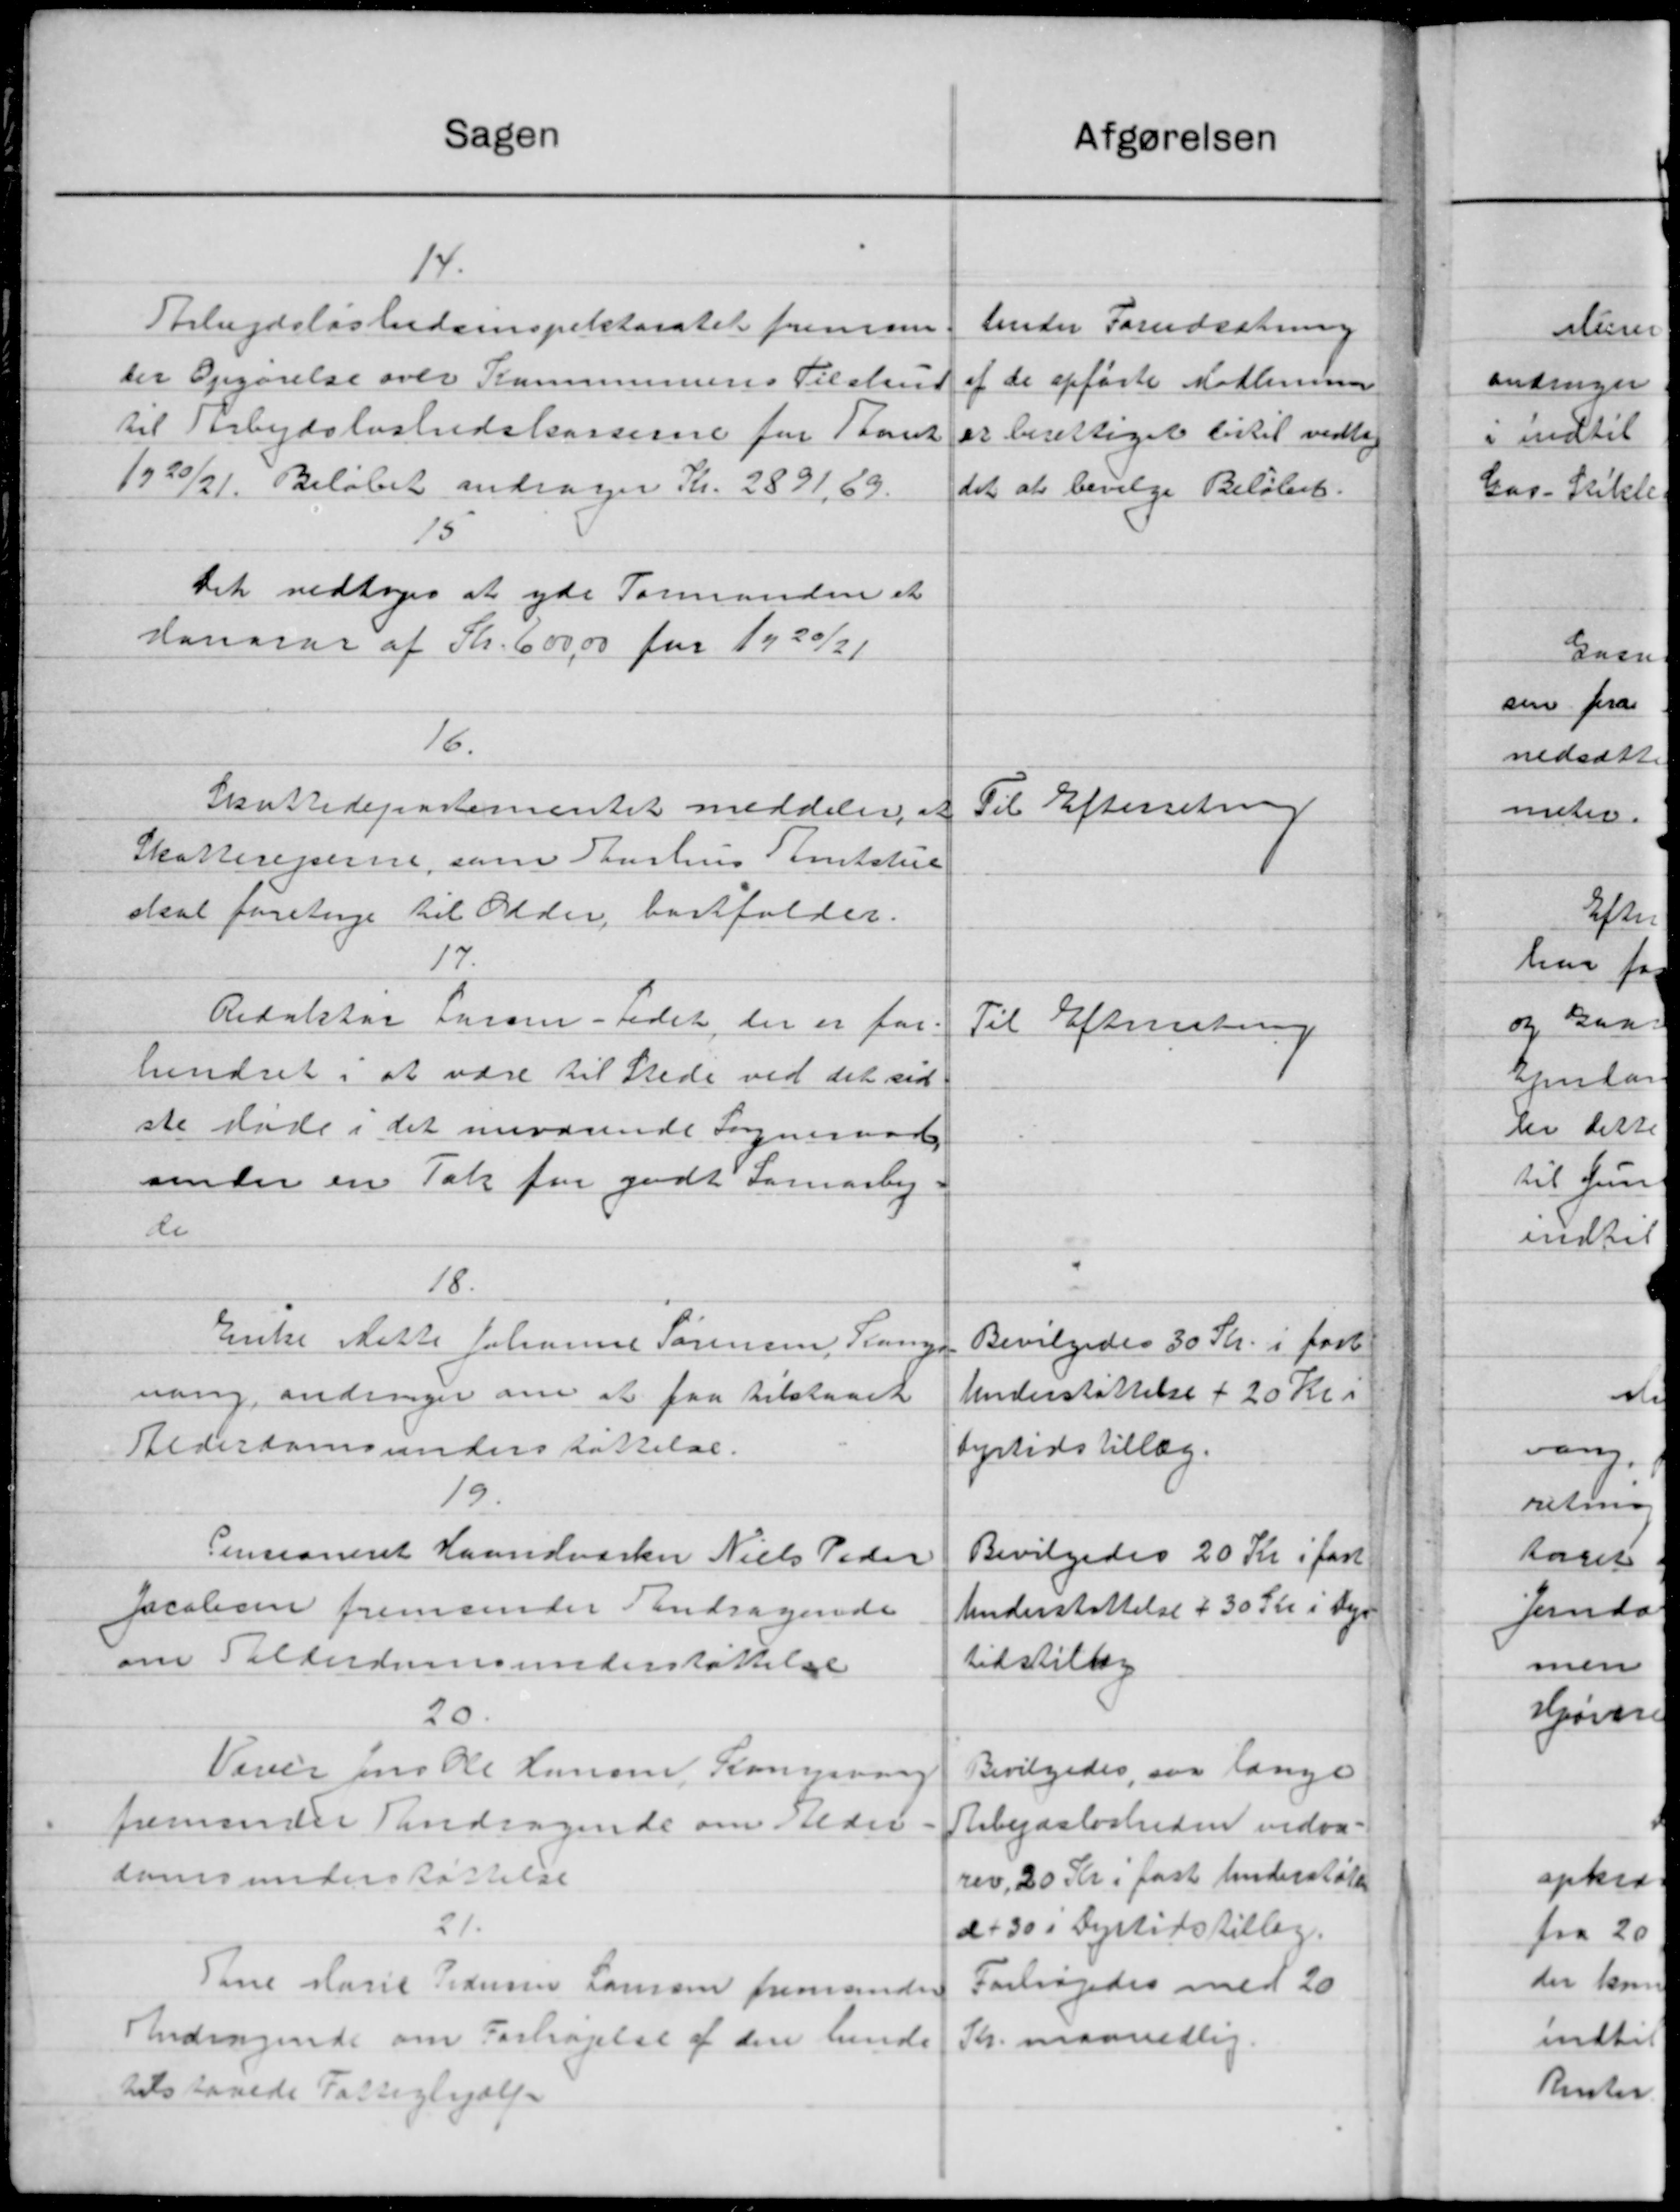
Transskription:
Sager
14
Arbejdsløshedsinspektoratet fremsen
der Opgørelse over Kommunens Tilstand
til Arbejdsløshedskasserne for Bank
1920/21. Beløbet andrager Kr. 2891,69.
13
Det vedtoges at yde Formanden et
danorar af Kr. 600,00 for 1920/21
16.
Skattedepartementet meddeler, at
Skattereperne, som Aarhus Amtstue
skal foretage til Olde, bortfalder.
17.
Redaktør formentedet der er for
hundret i at være til Stede ved det sid
ste Møde i det nuværende Sogneraads
under en Tak for godt Samarbej-
de
18.
Enke Rette Johanne Sørensen, Lang
nang, andrager om at faa tilstaaet
Alderdomsunderstøttelse.
19.
Pensioneret Haandværker Niels Peder
Jacobsen fremsender Andragende
om Valderdomsunderstøttelse
20
Vever Jens Ole Hansen, Kongevang
fremsender andragende om vilder
domsunderstøttelse
21.
Sine Marie Pedersen Laursen fremsender
Andragende om Forhøjelse af den hende
tilstaaede Fattighjælp